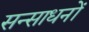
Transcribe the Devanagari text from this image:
सन्साधनों